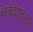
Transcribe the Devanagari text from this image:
कोईमतूरच्या